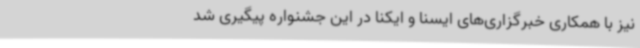
نیز با همکاری خبرگزاری‌های ایسنا و ایکنا در این جشنواره پیگیری شد